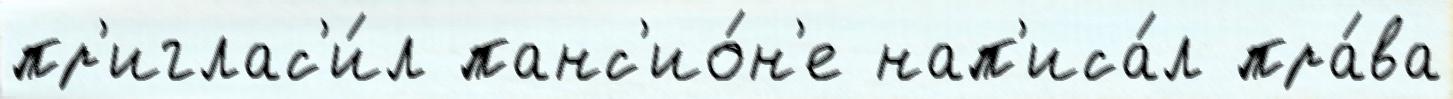
пр'иглас'и́л панс'ио́н'е нап'иса́л пра́ва